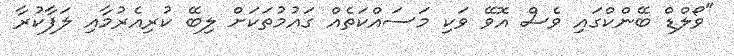
"ވޯލްޑް ބޭންކްގައި ވެސް އޮވޭ ވަކި މަސައްކަތެއް ގައުމުތަކަށް ލިބޭ ކުރިއެރުމާއި ލަފާކުރާ